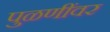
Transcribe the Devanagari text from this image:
पुळणींवर